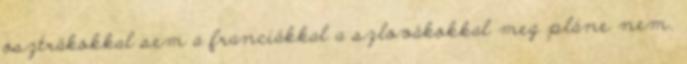
osztrákokkal sem a franciákkal a szlovákokkal meg pláne nem.